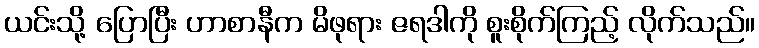
ယင်းသို့ ပြောပြီး ဟာစာနီက မိဖုရား ဇရဒါကို စူးစိုက်ကြည့် လိုက်သည်။